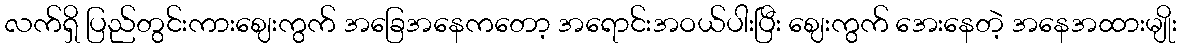
လက်ရှိ ပြည်တွင်းကားဈေးကွက် အခြေအနေကတော့ အရောင်းအဝယ်ပါးပြီး ဈေးကွက် အေးနေတဲ့ အနေအထားမျိုး